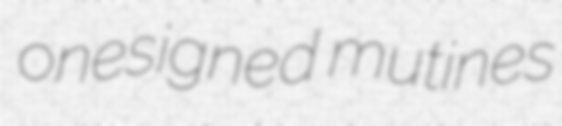
onesigned mutines